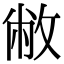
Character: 敝